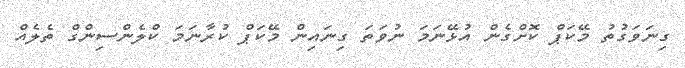
ގިނަވަގުތު މޭކަޕް ކޮށްގެން އުޅޭނަމަ ނުވަތަ ގިނައިން މޭކަޕް ކުރާނަމަ ކްލެންސިންގް ތެލެއް